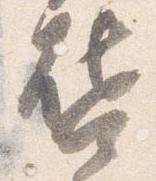
啓